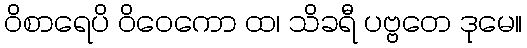
ဝိစာရေပိ ဝိဝေကော ထ၊ သိခရီ ပဗ္ဗတေ ဒုမေ။